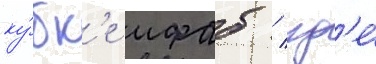
ку́бк'е ифаб / гд'е́